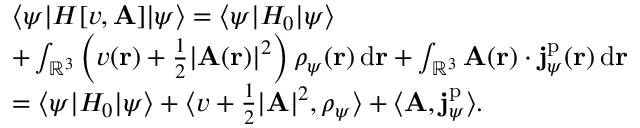
\begin{array} { r l } & { \langle \psi | H [ v , \mathbf { A } ] | \psi \rangle = \langle \psi | H _ { 0 } | \psi \rangle } \\ & { + \int _ { \mathbb R ^ { 3 } } \left( v ( \mathbf { r } ) + \frac 1 2 | \mathbf { A } ( \mathbf { r } ) | ^ { 2 } \right) \rho _ { \psi } ( \mathbf { r } ) \, \mathrm { d } \mathbf { r } + \int _ { \mathbb R ^ { 3 } } \mathbf { A } ( \mathbf { r } ) \cdot \mathbf { j } _ { \psi } ^ { \mathrm { p } } ( \mathbf { r } ) \, \mathrm { d } \mathbf { r } } \\ & { = \langle \psi | H _ { 0 } | \psi \rangle + \langle v + \frac 1 2 | \mathbf { A } | ^ { 2 } , \rho _ { \psi } \rangle + \langle \mathbf { A } , \mathbf { j } _ { \psi } ^ { \mathrm { p } } \rangle . } \end{array}